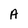
Character: A